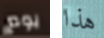
يوم هذا